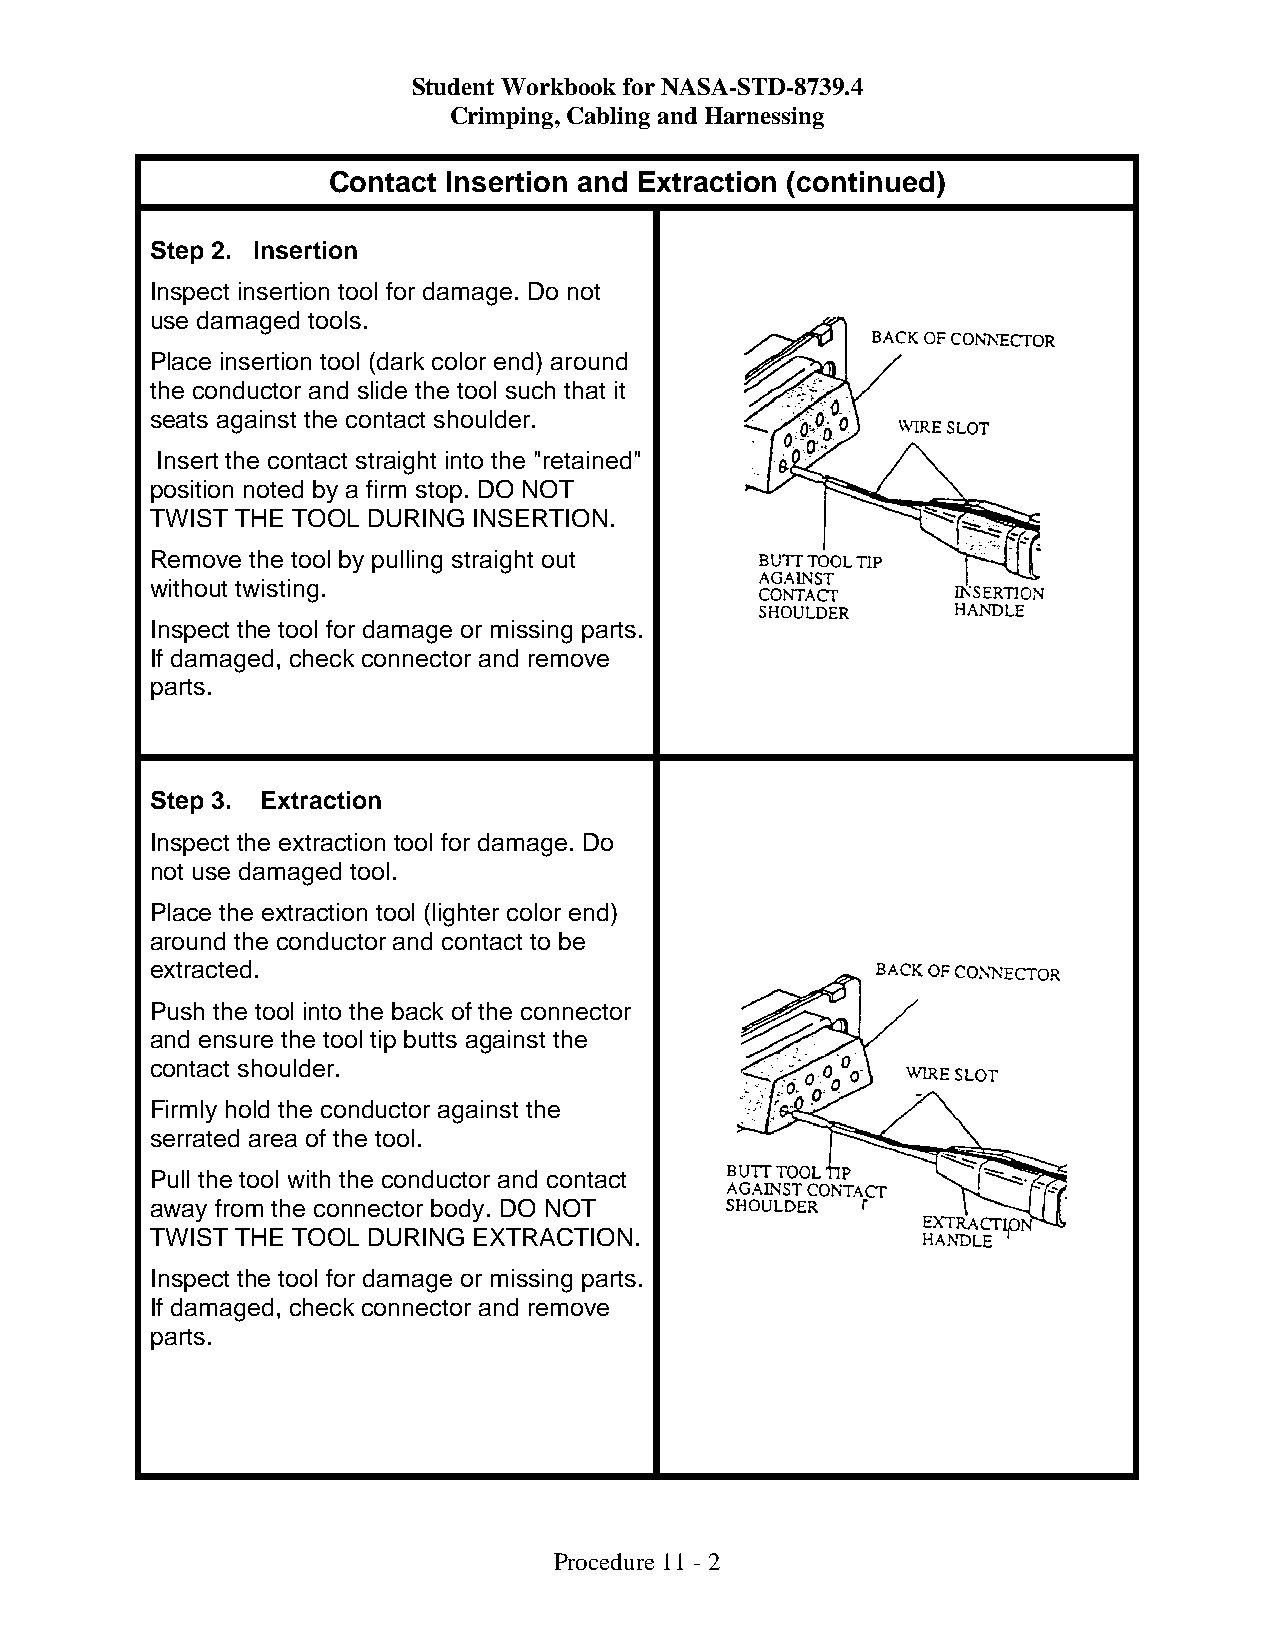
Student Workbook for NASA-STD-8739.4
 Crimping, Cabling and Harnessing
 Contact Insertion and Extraction (continued)
 Step 2. Insertion
 Inspect insertion tool for damage. Do not
 use damaged tools.
 Place insertion tool (dark color end) around
 the conductor and slide the tool such that it
 seats against the contact shoulder.
 Insert the contact straight into the "retained"
 position noted by a firm stop. DO NOT
 TWIST THE TOOL DURING INSERTION.
 Remove the tool by pulling straight out
 without twisting.
 Inspect the tool for damage or missing parts.
 If damaged, check connector and remove
 parts.
 Step 3. Extraction
 Inspect the extraction tool for damage. Do
 not use damaged tool.
 Place the extraction tool (lighter color end)
 around the conductor and contact to be
 extracted.
 Push the tool into the back of the connector
 and ensure the tool tip butts against the
 contact shoulder.
 Firmly hold the conductor against the
 serrated area of the tool.
 Pull the tool with the conductor and contact
 away from the connector body. DO NOT
 TWIST THE TOOL DURING EXTRACTION.
 Inspect the tool for damage or missing parts.
 If damaged, check connector and remove
 parts.
 Procedure 11 - 2